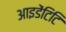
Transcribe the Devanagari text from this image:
आइडेंटिटि